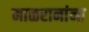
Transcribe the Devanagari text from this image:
माळरानांना